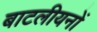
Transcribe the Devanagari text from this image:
बाटलीयनों